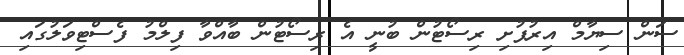
ސަން ސިޔާމް އިރުފުށި ރިސޯޓުން ބުނީ އެ ރިސޯޓުން ބާއްވާ ފިލްމު ފެސްޓިވަލުގައި